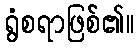
ရွံစရာဖြစ်၏။